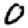
Digit: 0